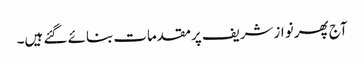
آج پھر نوازشریف پرمقدمات بنائے گئے ہیں۔